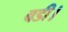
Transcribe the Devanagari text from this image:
बडी।